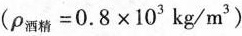
($$\rho _{酒精}=0.8\times 10^{3}kg/m^{3}$$)